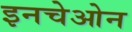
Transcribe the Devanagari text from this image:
इनचेओन